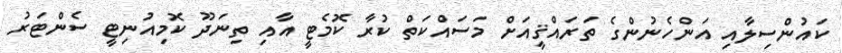
ކައުންސިލާއި އަންހެނުންގެ ތަރައްޤީއަށް މަސައްކަތް ކުރާ ކޮމެޓީ އާއި ތިނަދޫ ކޮމިއުނިޓީ ސެންޓަރު